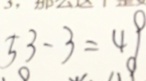
5 3 - 3 = 4 9